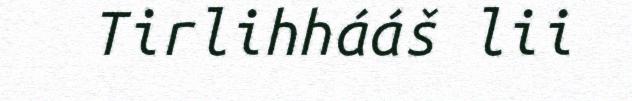
Tirlihhááš lii